Preliminary report on the killing of rats and rat fleas by hydrocyanic acid gas - Number 38
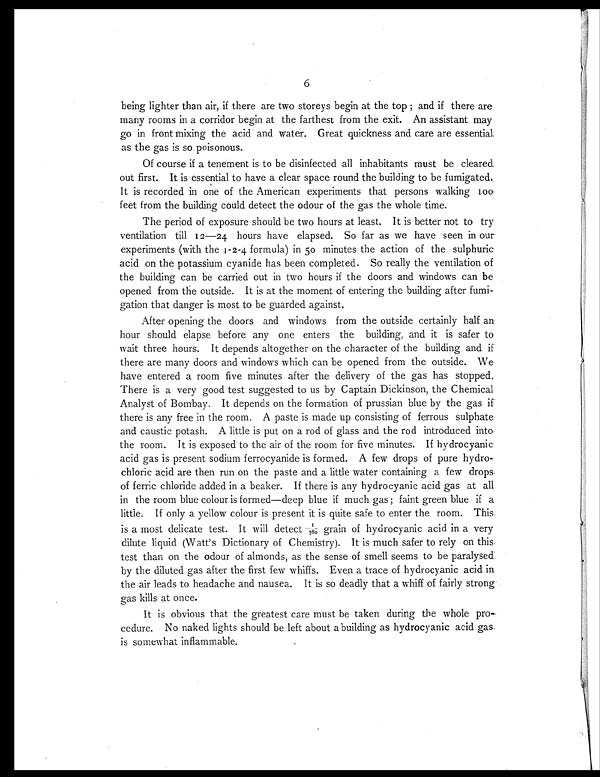
6
being lighter than air, if there are two storeys begin at the top; and if there are
many rooms in a corridor begin at the farthest from the exit. An assistant may
go in front mixing the acid and water. Great quickness and care are essential
as the gas is so poisonous.
Of course if a tenement is to be disinfected all inhabitants must be cleared
out first. It is essential to have a clear space round the building to be fumigated.
It is recorded in one of the American experiments that persons walking 100
feet from the building could detect the odour of the gas the whole time.
The period of exposure should be two hours at least. It is better not to try
ventilation till 12—24 hours have elapsed. So far as we have seen in our
experiments (with the 1-2-4 formula) in 50 minutes the action of the sulphuric
acid on the potassium cyanide has been completed. So really the ventilation of
the building can be carried out in two hours if the doors and windows can be
opened from the outside. It is at the moment of entering the building after fumi-
gation that danger is most to be guarded against.
After opening the doors and windows from the outside certainly half an
hour should elapse before any one enters the building, and it is safer to
wait three hours. It depends altogether on the character of the building and if
there are many doors and windows which can be opened from the outside. We
have entered a room five minutes after the delivery of the gas has stopped.
There is a very good test suggested to us by Captain Dickinson, the Chemical
Analyst of Bombay. It depends on the formation of prussian blue by the gas if
there is any free in the room. A paste is made up consisting of ferrous sulphate
and caustic potash. A little is put on a rod of glass and the rod introduced into
the room. It is exposed to the air of the room for five minutes. If hydrocyanic
acid gas is present sodium ferrocyanide is formed. A few drops of pure hydro-
chloric acid are then run on the paste and a little water containing a few drops.
of ferric chloride added in a beaker. If there is any hydrocyanic acid gas at all
in the room blue colour is formed—deep blue if much gas ; faint green blue if a
little. If only a yellow colour is present it is quite safe to enter the room. This.
is a most delicate test. It will detect 1/780g r a i n o f h y d r o c y a n i c a c i d i n a v e r y
dilute liquid (Watt's Dictionary of Chemistry). It is much safer to rely on this.
test than on the odour of almonds, as the sense of smell seems to be paralysed
by the diluted gas after the first few whiffs. Even a trace of hydrocyanic acid in
the air leads to headache and nausea. It is so deadly that a whiff of fairly strong
gas kills at once.
It is obvious that the greatest care must be taken during the whole pro-
cedure. No naked lights should be left about a building as hydrocyanic acid gas
is somewhat inflammable.